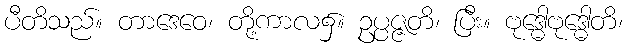
ပီတိသည်။ တာဒေဝေ၊ တို့ကာလ၌။ ဥပ္ပဇ္ဇတိ၊ ပြီး။ ဗုဒ္ဓေါဗုဒ္ဓေါတိ၊